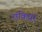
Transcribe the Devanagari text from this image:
रांकियर